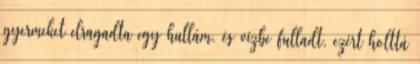
gyermeket elragadta egy hullám, és vízbe fulladt, ezért holttá